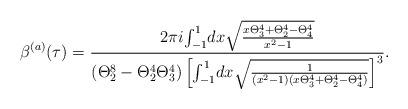
LaTeX: \begin{align*}\beta^{(a)}(\tau)={2\pi i \large{\int_{-1}^1} dx\sqrt{{x\Theta_3^4+\Theta_2^4-\Theta_4^4\over x^2-1}}\over (\Theta_2^8-\Theta_2^4\Theta_3^4)\left[\large{\int_{-1}^1} dx \sqrt{{1\over (x^2-1)(x\Theta_3^4+\Theta_2^4-\Theta_4^4)}}\right]^3}.\end{align*}